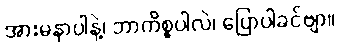
အားမနာပါနဲ့၊ ဘာကိစ္စပါလဲ၊ ပြောပါခင်ဗျာ။